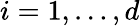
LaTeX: i=1,\ldots,d